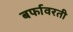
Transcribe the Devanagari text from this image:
बर्फावरती